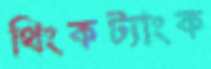
থিংকট্যাংক